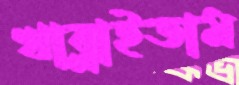
খাব্‌লাইতাম